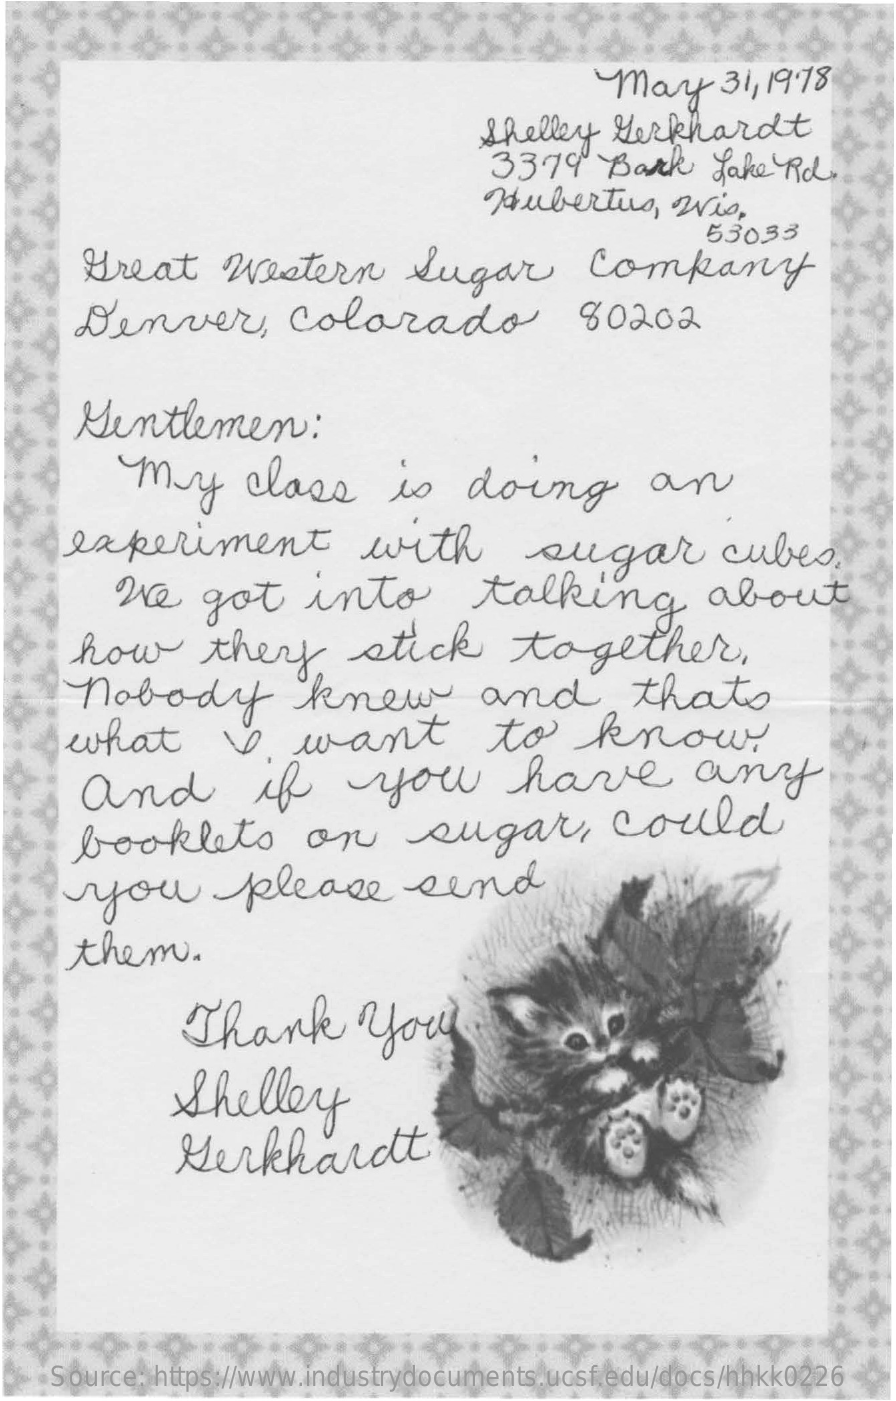
May    31, 19.78
     Shelley  Verkhardt
     3379   Bark    Lake Rd.
     Hubertus,    Wis.
     Great    Western    Sugar    Company
     53033
     Denver,    colorado    80202
     Gentlemen    :
     My    class    is   doing    an
     experiment    with    sugar    cubes.
     We   got    into    talking    about
     how    they    stick    together.
     nobody    knew    and    that's
     what    I    want    to    know
     and    if    you    have    any
     booklets    on    sugar,    could
     you    please    send
     them    .
     Thank    you
     Shelley
     Merkhardt
    Source: https://www.industrydocuments.ucsf.edu/docs/hhkk0226